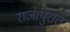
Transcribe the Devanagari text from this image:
राजापुरात